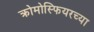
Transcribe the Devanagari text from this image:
क्रोमोस्फियरच्या